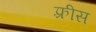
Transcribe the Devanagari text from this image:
फ़्रीस